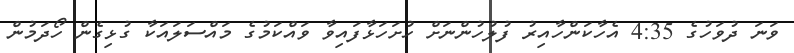
ވަނަ ދުވަހުގެ 4:35 އެހާކަންހާއިރު ފުލުހުންނަށް ހުށަހަޅާފައިވާ ވައްކަމުގެ މައްސަލައަކާ ގުޅިގެން ހޯދަމުން